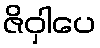
ဇိဝှါပေ